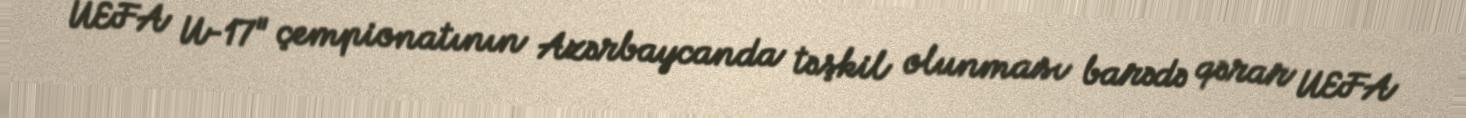
UEFA U-17" çempionatının Azərbaycanda təşkil olunması barədə qərar UEFA